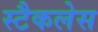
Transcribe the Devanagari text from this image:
स्टैकलेस